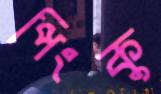
পিংকু